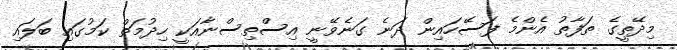
މިދޭތީގެ ތަފާތު އެންމެ ފަސޭހައިން ދަނެ ގަނެވޭނީ އިސްތިސްނާއަކީ ހިދުމަތް ކަމުގައި ބަލައި